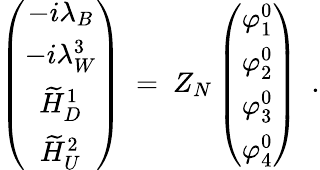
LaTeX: \left(\begin{array}{c}{{-i\lambda_{B}}}\\ {{-i\lambda_{W}^{3}}}\\ {{\widetilde{H}_{D}^{1}}}\\ {{\widetilde{H}_{U}^{2}}}\end{array}\right)\ =\ Z_{N}\left(\begin{array}{c}{{\varphi_{1}^{0}}}\\ {{\varphi_{2}^{0}}}\\ {{\varphi_{3}^{0}}}\\ {{\varphi_{4}^{0}}}\end{array}\right)\ \ .